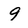
Character: 9